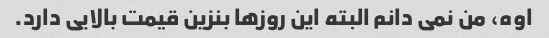
اوه، من نمی دانم البته این روزها بنزین قیمت بالایی دارد.